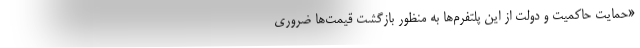
«حمایت حاکمیت و دولت از این پلتفرم‌ها به منظور بازگشت قیمت‌ها ضروری